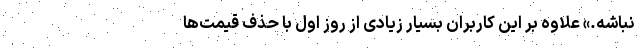
نباشه.» علاوه بر این کاربران بسیار زیادی از روز اول با حذف قیمت‌ها